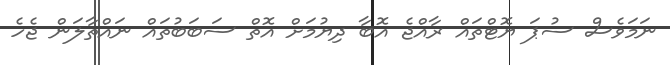
ނަމަވެސް ސުޕަ ޔޮޓްތައް ރާއްޖެ އޮބާ ދިޔުމަށް އޮތް ސަބަބުތައް ނައްތާލަން ޖެހެ